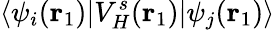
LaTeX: \langle\psi_{i}(\mathbf{r}_{1})|V_{H}^{s}(\mathbf{r}_{1})|\psi_{j}(\mathbf{r}_{1})\rangle